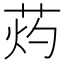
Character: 䓎